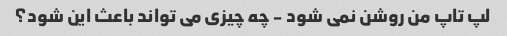
لپ تاپ من روشن نمی شود - چه چیزی می تواند باعث این شود؟